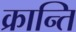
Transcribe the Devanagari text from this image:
क्रान्‍ति